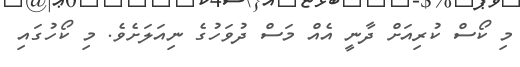
މި ކޯސް ކުރިއަށް ދާނީ އެއް މަސް ދުވަހުގެ ނިއަލަށެވެ. މި ކޯހުގައި